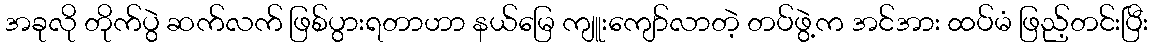
အခုလို တိုက်ပွဲ ဆက်လက် ဖြစ်ပွားရတာဟာ နယ်မြေ ကျူးကျော်လာတဲ့ တပ်ဖွဲ့က အင်အား ထပ်မံ ဖြည့်တင်းပြီး